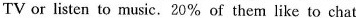
TV or listen to music. 20% of them like to chat